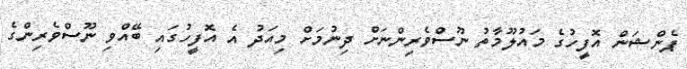
ޕެންޝަން އޮފީހުގެ މައުލޫމާތު ނޫސްވެރިންނަށް ދިނުމަށް މިއަދު އެ އޮފީހުގައި ބޭއްވި ނޫސްވެރިންގެ